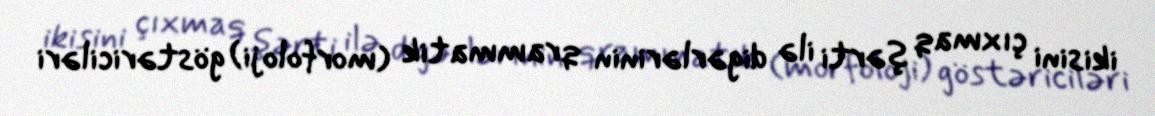
ikisini çıxmaq şərti ilə digərlərinin qrammatik (morfoloji) göstəriciləri